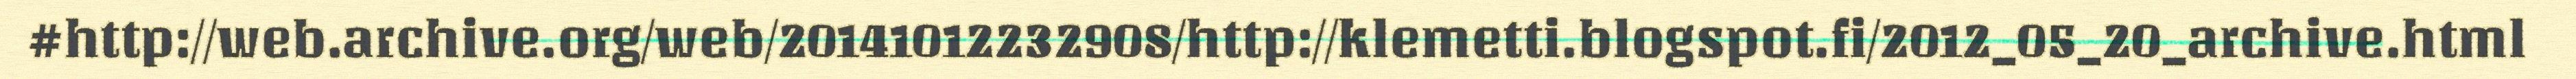
#http://web.archive.org/web/20141012232908/http://klemetti.blogspot.fi/2012_05_20_archive.html